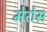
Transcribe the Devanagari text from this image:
मेरोस